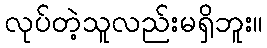
လုပ်တဲ့သူလည်းမရှိဘူး။